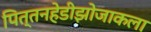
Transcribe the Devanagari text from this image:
पित्तनहेडीझोजाकला